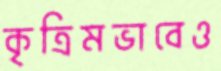
কৃত্রিমভাবেও